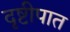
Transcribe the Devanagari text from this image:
दृष्टीपात